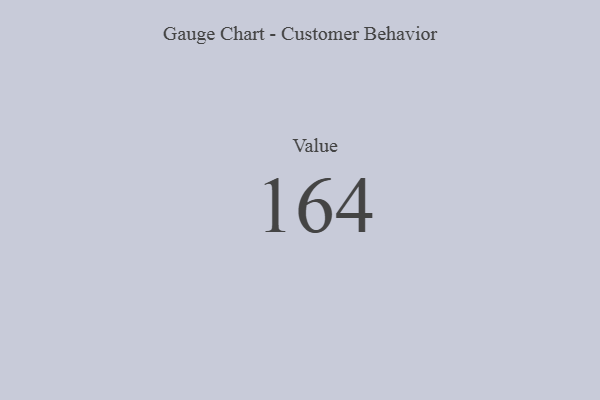
{"axis": {"x": "Metric", "y": "Value"}, "legend": [""], "data": [{"x": "Value", "y": 164, "type": ""}]}